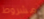
مشروط